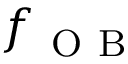
f _ { \mathrm { ~ O ~ B ~ } }